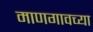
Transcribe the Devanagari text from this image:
माणगावच्या